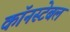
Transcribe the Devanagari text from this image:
कॉनस्टेबल